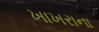
ખાખરાના